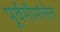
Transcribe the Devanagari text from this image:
पूर्वमीमांसेत